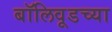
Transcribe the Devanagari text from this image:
बॉलिवूडच्या